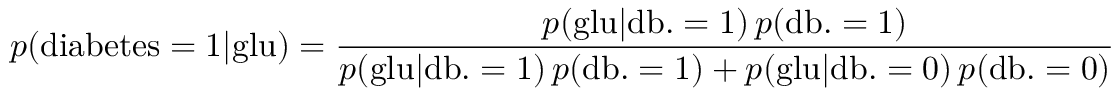
p ( { \mathrm { d i a b e t e s } } = 1 | { \mathrm { g l u } } ) = { \frac { p ( { \mathrm { g l u } } | { \mathrm { d b . } } = 1 ) \, p ( { \mathrm { d b . } } = 1 ) } { p ( { \mathrm { g l u } } | { \mathrm { d b . } } = 1 ) \, p ( { \mathrm { d b . } } = 1 ) + p ( { \mathrm { g l u } } | { \mathrm { d b . } } = 0 ) \, p ( { \mathrm { d b . } } = 0 ) } }